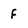
Character: f